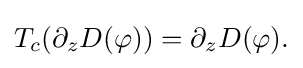
\displaystyle {T_{c}(\partial _{z}D(\varphi ))=\partial _{z}D(\varphi ).}